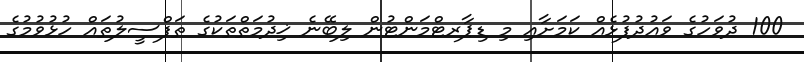
100 ދުވަހުގެ ވައުދުފުޅެއް ކަަމަށާއި މި ޑިޕާރޓްމަންޓުން ލިބޭނެ ޚިދުމަތްތަކުގެ ތަފްސީލުތައް ހުޅުވުމުގެ